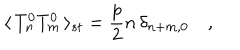
\langle \, T _ { n } ^ { 0 } T _ { m } ^ { 0 } \, \rangle _ { s t } = \frac { p } { 2 } n \, \delta _ { n + m , 0 } \quad ,